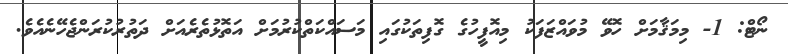
ނޯޓް: 1- މިމަޤާމަށް ހޮވޭ މުވައްޒަފަކު މިއޮފީހުގެ ގޮފިތަކުގައި މަސައްކަތްކުރުމަށް އަތޮޅުތެރެއަށް ދަތުރުކުރަންޖެހޭނެއެވެ.